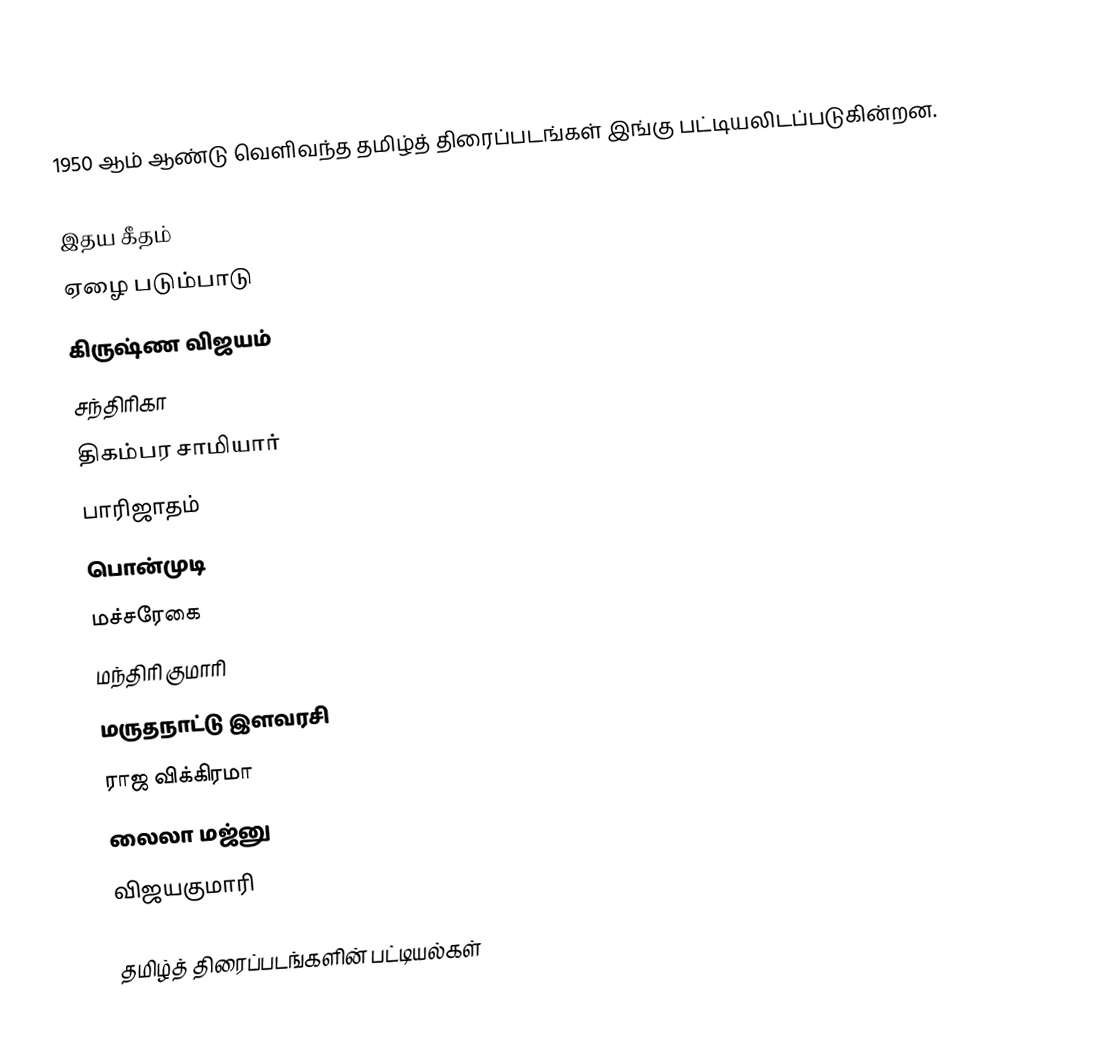
1950 ஆம் ஆண்டு வெளிவந்த தமிழ்த் திரைப்படங்கள் இங்கு பட்டியலிடப்படுகின்றன.

 இதய கீதம்
 ஏழை படும்பாடு
 கிருஷ்ண விஜயம்
 சந்திரிகா
 திகம்பர சாமியார்
 பாரிஜாதம்
 பொன்முடி
 மச்சரேகை
 மந்திரி குமாரி
 மருதநாட்டு இளவரசி
 ராஜ விக்கிரமா
 லைலா மஜ்னு
 விஜயகுமாரி

தமிழ்த் திரைப்படங்களின் பட்டியல்கள்